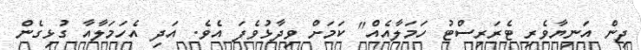
ދިން އަނިޔާވެރި ޓެރަރިސްޓު ހަމަލާއެއް" ކަމަށް ވިދާޅުވެފަ އެވެ. އަދި އެހަމަލާއާ ގުޅިގެން